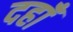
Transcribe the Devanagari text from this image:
दहाँ